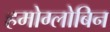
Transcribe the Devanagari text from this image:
हमोग्लोबिन